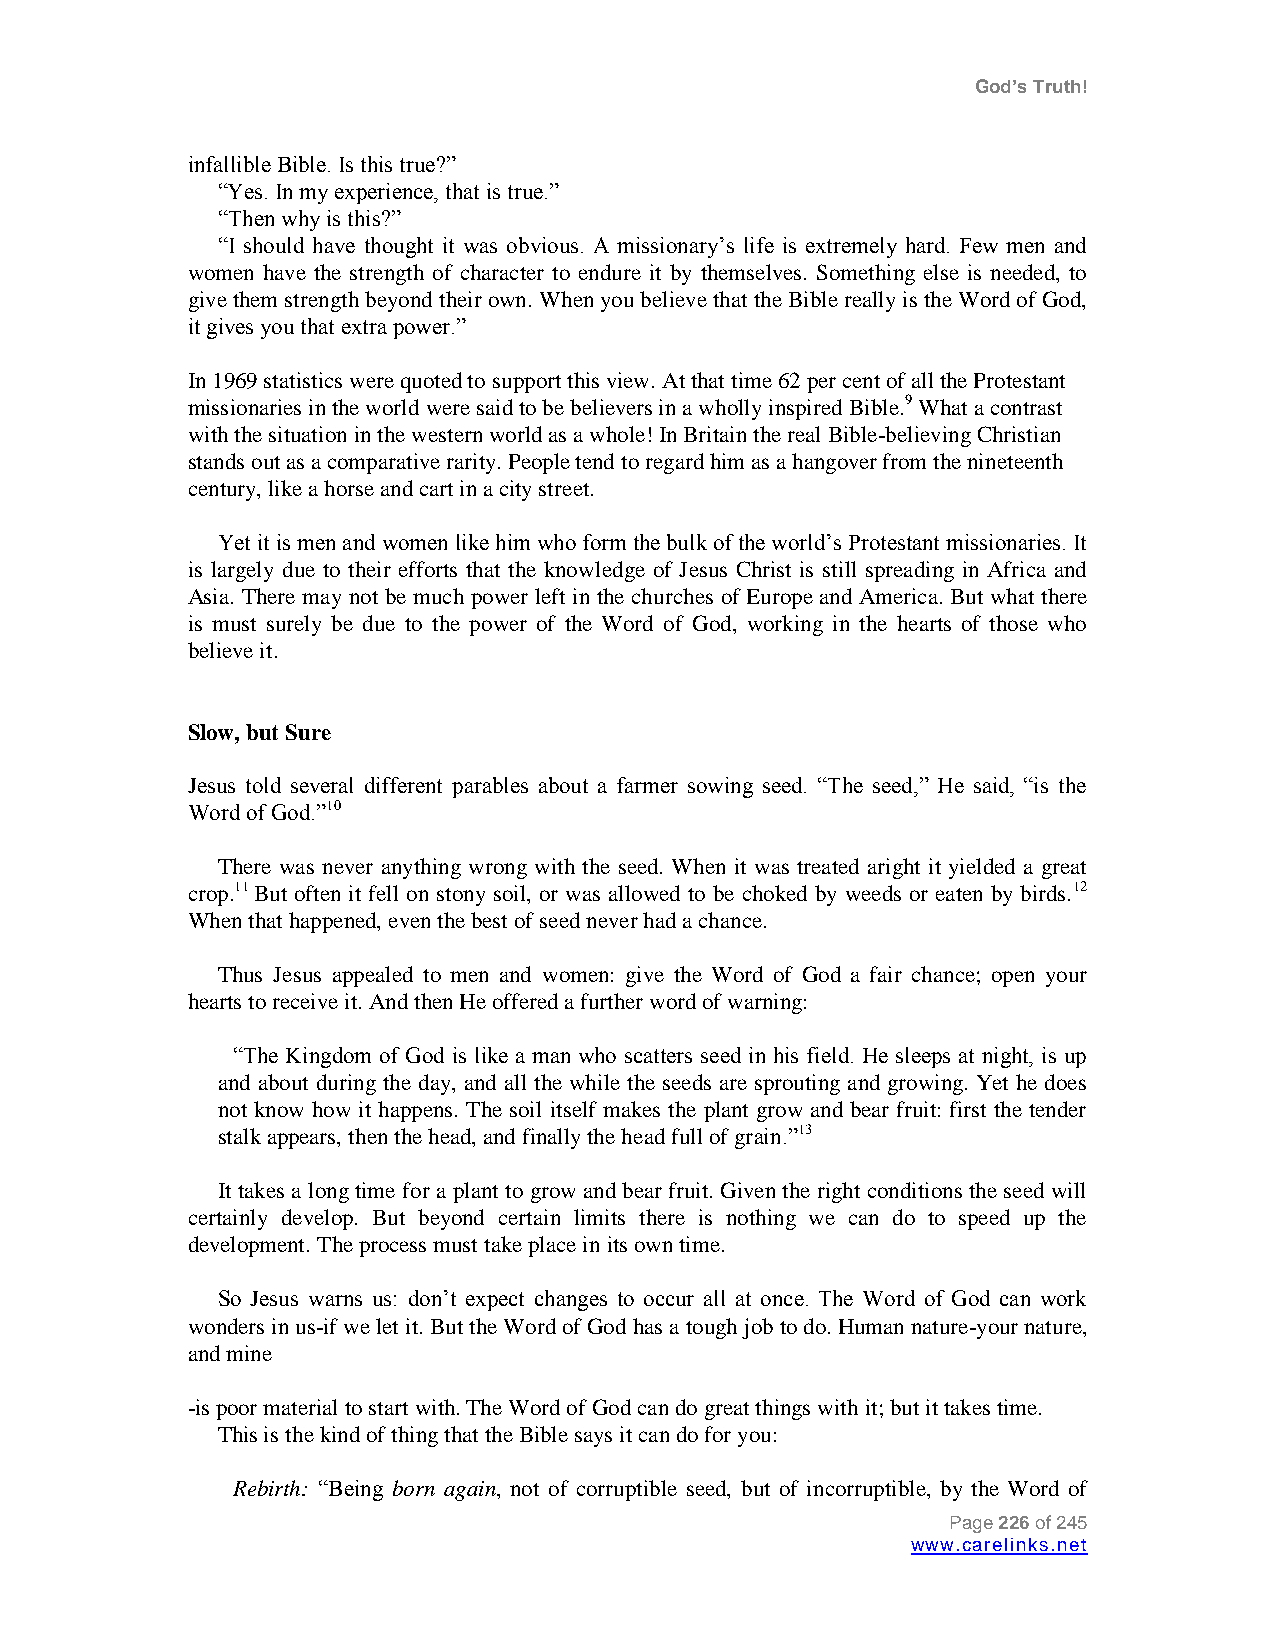
God’s Truth!
 infallible Bible. Is this true?”
 “Yes. In my experience, that is true.”
 “Then why is this?”
 “I should have thought it was obvious. A missionary‟s life is extremely hard. Few men and
 women have the strength of character to endure it by themselves. Something else is needed, to
 give them strength beyond their own. When you believe that the Bible really is the Word of God,
 it gives you that extra power.”
 In 1969 statistics were quoted to support this view. At that time 62 per cent of all the Protestant
 missionaries in the world were said to be believers in a wholly inspired Bible.9 What a contrast
 with the situation in the western world as a whole! In Britain the real Bible-believing Christian
 stands out as a comparative rarity. People tend to regard him as a hangover from the nineteenth
 century, like a horse and cart in a city street.
 Yet it is men and women like him who form the bulk of the world‟s Protestant missionaries. It
 is largely due to their efforts that the knowledge of Jesus Christ is still spreading in Africa and
 Asia. There may not be much power left in the churches of Europe and America. But what there
 is must surely be due to the power of the Word of God, working in the hearts of those who
 believe it.
 Slow, but Sure
 Jesus told several different parables about a farmer sowing seed. “The seed,” He said, “is the
 Word of God.”10
 There was never anything wrong with the seed. When it was treated aright it yielded a great
 crop.11 But often it fell on stony soil, or was allowed to be choked by weeds or eaten by birds.12
 When that happened, even the best of seed never had a chance.
 Thus Jesus appealed to men and women: give the Word of God a fair chance; open your
 hearts to receive it. And then He offered a further word of warning:
 “The Kingdom of God is like a man who scatters seed in his field. He sleeps at night, is up
 and about during the day, and all the while the seeds are sprouting and growing. Yet he does
 not know how it happens. The soil itself makes the plant grow and bear fruit: first the tender
 stalk appears, then the head, and finally the head full of grain.”13
 It takes a long time for a plant to grow and bear fruit. Given the right conditions the seed will
 certainly develop. But beyond certain limits there is nothing we can do to speed up the
 development. The process must take place in its own time.
 So Jesus warns us: don‟t expect changes to occur all at once. The Word of God can work
 wonders in us-if we let it. But the Word of God has a tough job to do. Human nature-your nature,
 and mine
 -is poor material to start with. The Word of God can do great things with it; but it takes time.
 This is the kind of thing that the Bible says it can do for you:
 Rebirth: “Being born again, not of corruptible seed, but of incorruptible, by the Word of
 Page 226 of 245
 www.carelinks.net